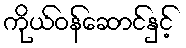
ကိုယ်ဝန်ဆောင်နှင့်